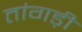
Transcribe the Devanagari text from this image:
तांगड़ी